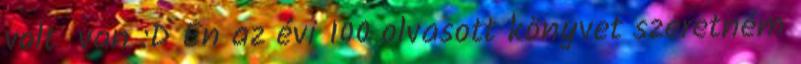
volt van :D Én az évi 100 olvasott könyvet szeretném